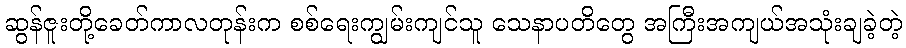
ဆွန်ဇူးတို့ခေတ်ကာလတုန်းက စစ်ရေးကျွမ်းကျင်သူ သေနာပတိတွေ အကြီးအကျယ်အသုံးချခဲ့တဲ့